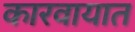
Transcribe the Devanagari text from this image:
कारवायात